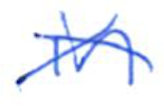
Text: in
Cross-out: cross
Writing tool: ballpoint